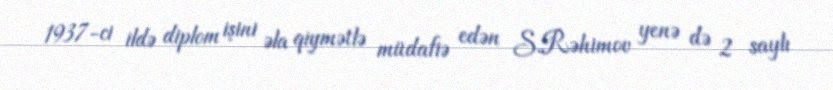
1937-ci ildə diplom işini əla qiymətlə müdafiə edən S.Rəhimov yenə də 2 saylı